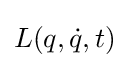
L(q,{\dot {q}},t)